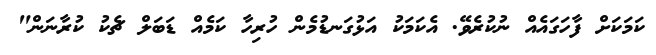
ކަމަކަށް ފާހަގައެއް ނުކުރެވޭ. އެކަމަކު އަޅުގަނޑުމެން ހުރިހާ ކަމެއް ޑަބަލް ޗެކު ކުރާނަން"